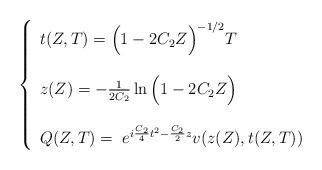
LaTeX: \begin{align*}\left\{\begin{array}{l}t(Z,T)=\Big(1-2C_2Z\Big)^{-1/2}T\\\\z(Z)=-\frac{1}{2C_2}\ln\Big(1-2C_2Z\Big)\\\\Q(Z,T)=\;e^{i\frac{C_2}{4}t^2-\frac{C_2}{2}z}v(z(Z),t(Z,T))\\\end{array}\right.\end{align*}